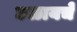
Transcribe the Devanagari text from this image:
छळायचे